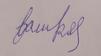
Signature authenticity: forged